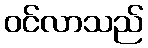
ဝင်လာသည်